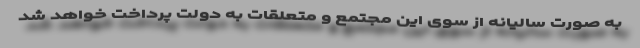
به صورت سالیانه از سوی این مجتمع و متعلقات به دولت پرداخت خواهد شد